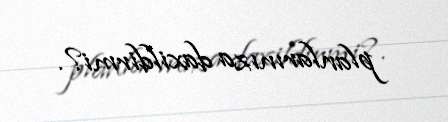
planlarınıza daxildirmi?.